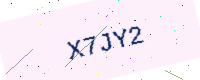
Text: X7JY2